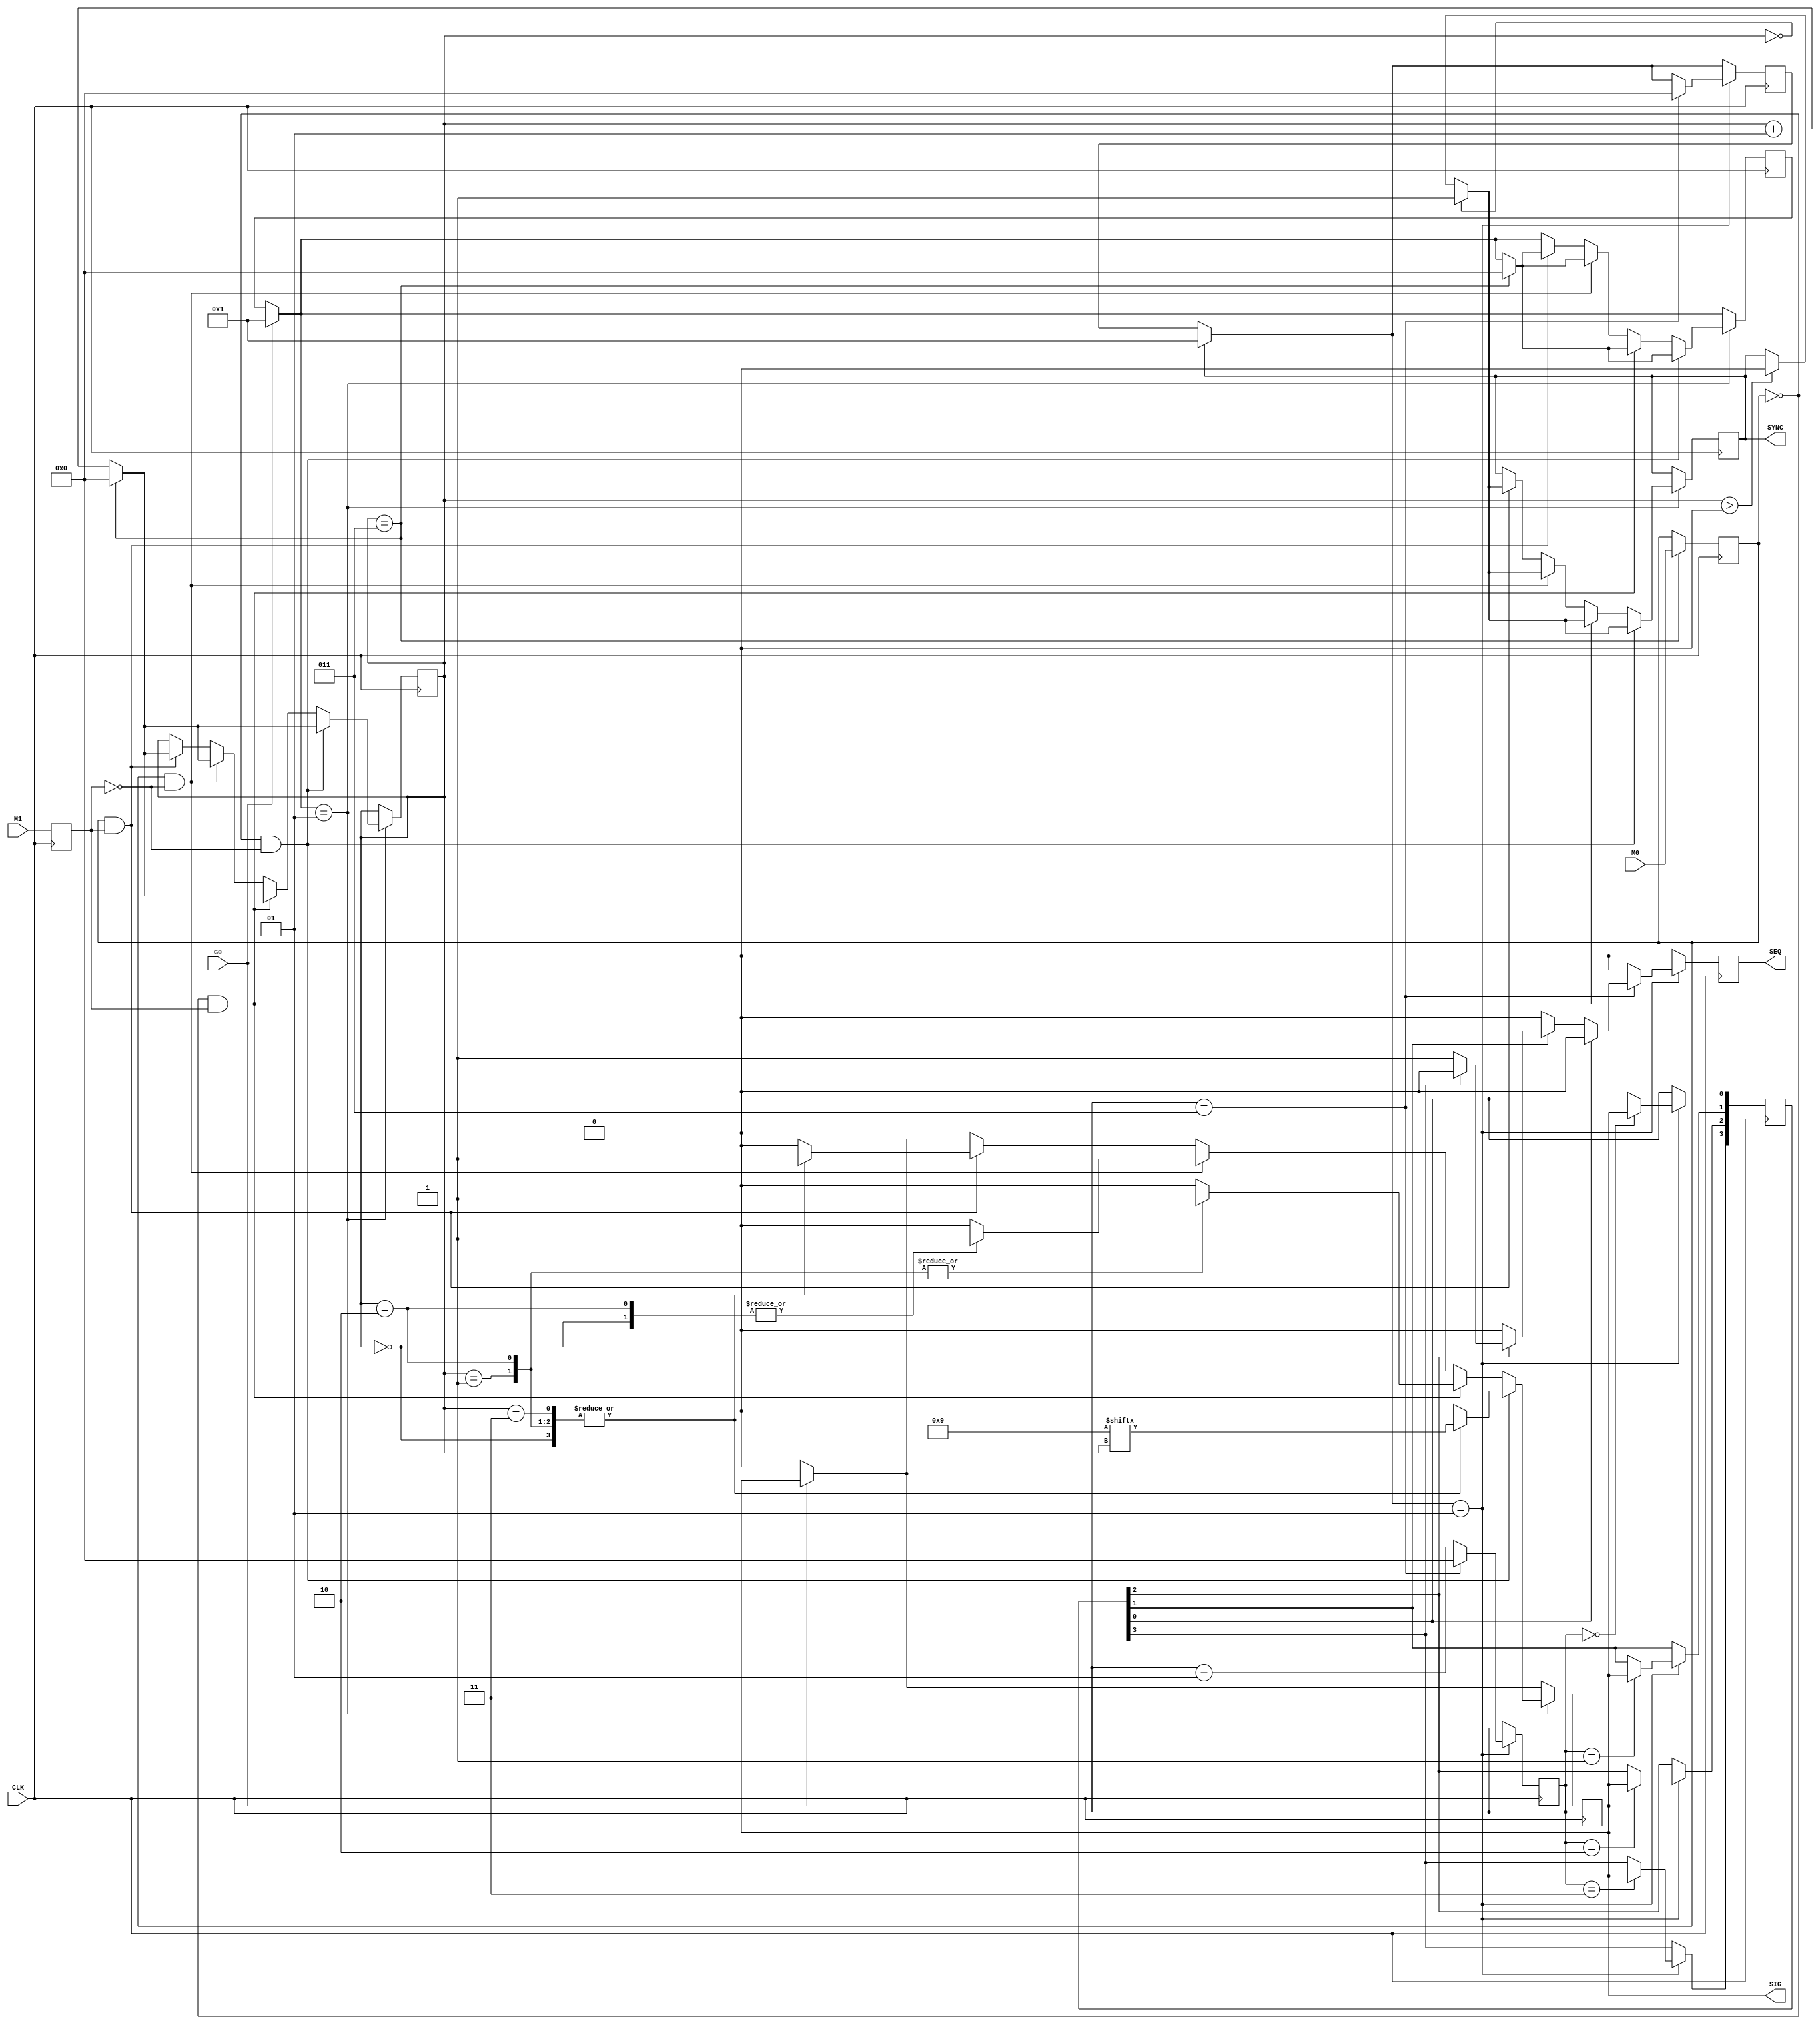
/*
Jason Sheetz, David Carlson
Group 2
Design 4
4/19/18

This project outputs a serial sequene of SIG according to M0 and M1, the SYNC line is high on the first bit of every sequence.
the SEQ line is high when the sequence 0110 is output.
*/

module Design4(SIG, SYNC, SEQ, CLK, M0, M1, G0);
output reg SYNC;
output reg SIG;
output reg SEQ;
input CLK, M0, M1, G0;
reg [3:0] SIX = 0110;
reg [3:0] NINE = 1001;
reg [3:0] TEN = 1010;
reg [3:0] FIFTEEN = 1111;
integer counter = 0;
integer flag = 0;
reg M0_capture;
reg M1_capture;

always @(posedge CLK)begin

if(counter == 3) M0_capture <= M0; M1_capture <= M1;

//if the G0 is asserted begin the appropriate sequence
if(G0 == 1'b1)begin
flag = 1;

end else if(G0 == 1'b0) SIG = 1'b0;

	if(flag == 1)begin

	
	
	if(M0_capture == 0 && M1_capture == 0)begin
			
				case (counter)
					0:	SIG <= NINE[counter];
					1:	SIG <= NINE[counter];
					2:	SIG <= NINE[counter];
					3:	SIG <= NINE[counter];
					default: SIG = 0;
				endcase
						
					if(counter == 0)begin
						SYNC = 1'b1;
					end else if(counter > 0 )begin
						SYNC = 1'b0;
					end
					
					//incriment the counter
					counter <= counter + 1;

					//reset the counter if it needs to be
					if(counter == 3)begin
						counter <= 0;
						flag = 0;
						
					end
		
		//end m0 == m1 == 0 if
		end else if(M0_capture == 0 && M1_capture == 1)begin
			
				case (counter)
					0:	SIG <= 1'b0;
					1:	SIG <= 1'b1;
					2:	SIG <= 1'b1;
					3:	SIG <= 1'b0;
					default: SIG = 0;
				endcase
						
					if(counter == 0)begin
						SYNC = 1'b1;
					end else if(counter > 0 )begin
						SYNC = 1'b0;
					end
					
					//incriment the counter
					counter <= counter + 1;

					//reset the counter if it needs to be
					if(counter == 3)begin
						counter <= 0;
						flag = 0;
						
					end
		
		//end m0 == m1 == 0 if
		end else if(M0_capture == 1 && M1_capture == 0)begin
			
				case (counter)
					0:	SIG <= 1'b1;
					1:	SIG <= 1'b0;
					2:	SIG <= 1'b1;
					3:	SIG <= 1'b0;
					default: SIG = 0;
				endcase
						
						if(counter == 0)begin
						SYNC = 1'b1;
					end else if(counter > 0 )begin
						SYNC = 1'b0;
					end
					//incriment the counter
					counter <= counter + 1;

					//reset the counter if it needs to be
					if(counter == 3)begin
						counter <= 0;
						flag = 0;
					end
		
		//end m0 == m1 == 0 if
		end else if(M0_capture == 1 && M1_capture == 1)begin
			
				case (counter)
					0:	SIG <= 1'b1;
					1:	SIG <= 1'b1;
					2:	SIG <= 1'b1;
					3:	SIG <= 1'b1;
					default: SIG = 0;
				endcase
						
						if(counter == 0)begin
						SYNC = 1'b1;
					end else if(counter > 0 )begin
						SYNC = 1'b0;
					end
					
					//incriment the counter
					counter <= counter + 1;

					//reset the counter if it needs to be
					if(counter == 3)begin
						counter <= 0;
						flag = 0;
					end
		
		//end m0 == m1 == 0 if
		end

	//end if g0 enabled
	end

//end always
end


// Define some temparary values/varilables to hold input -- to be evaluated
integer seq_counter = 0;
reg [3:0] seq_match = 0110;
reg[3:0] seq_test = 0000;
integer seq_flag = 0;
integer seq_detect = 0;
always @(posedge CLK)begin // Every clock edge, check for sync

	SEQ = 1'b0;
	
	if(SYNC == 1'b1)begin
		seq_flag = 1; // A value/stream as started, look for match.
	end
	
		if(seq_flag == 1)begin
	
			case(seq_counter)
				0: seq_test[0] <= SIG;
				1: seq_test[1] <= SIG;
				2: seq_test[2] <= SIG;
				3: seq_test[3] <= SIG;
			endcase
						// We have saved 4bits. Lets compare stuff

			seq_counter <= seq_counter + 1;
		
			if(seq_counter == 3)begin
	
				seq_flag = 0;
				seq_counter <= 0;
						// Check for matches to 0110
				if(seq_test[0] == 0)begin
					if(seq_test[1] == 1)begin
						if(seq_test[2] == 1)begin
							if(seq_test[3] == 0)begin
								SEQ = 1'b1;
								// We have a match, output SEQ
							end else if(seq_test[3] != 0)SEQ = 1'b0; // No match, keep SEQ 0;
						end
					end
				end	
			end
		end
	end

endmodule